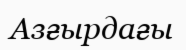
Азғырдағы